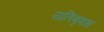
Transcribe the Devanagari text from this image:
यतिबृषभ